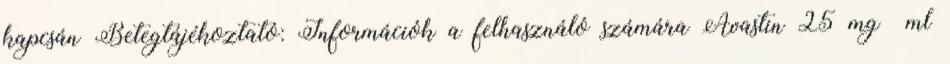
kapcsán Betegtájékoztató: Információk a felhasználó számára Avastin 25 mg ml